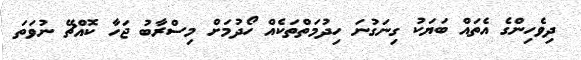
ދިވެހިންގެ އެތައް ބަޔަކު ގިނަގުނަ ހިދުމަތްތަކެއް ހޯދުމަށް މިސްރާބު ޖަހާ ކޮއްޗޭ ނުވަތަ